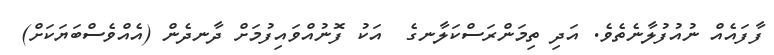
ފާފައެއް ނުއުފުލާނެތެވެ. އަދި ތިމަންރަސްކަލާނގެ  އަކު ފޮނުއްވައިފުމަށް ދާނދެން (އެއްވެސްބަޔަކަށް)